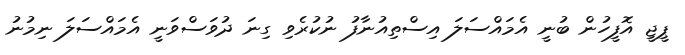
ޕީޖީ އޮފީހުން ބުނީ އެމައްސަލަ އިސްތިއުނާފު ނުކުރެވި ގިނަ ދުވަސްވަނީ އެމައްސަލަ ނިމުނު